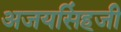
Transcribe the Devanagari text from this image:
अजयसिंहजी